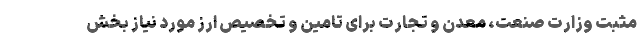
مثبت وزارت صنعت، معدن و تجارت برای تامین و تخصیص ارز مورد نیاز بخش